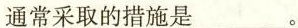
通常采取的措施是___。